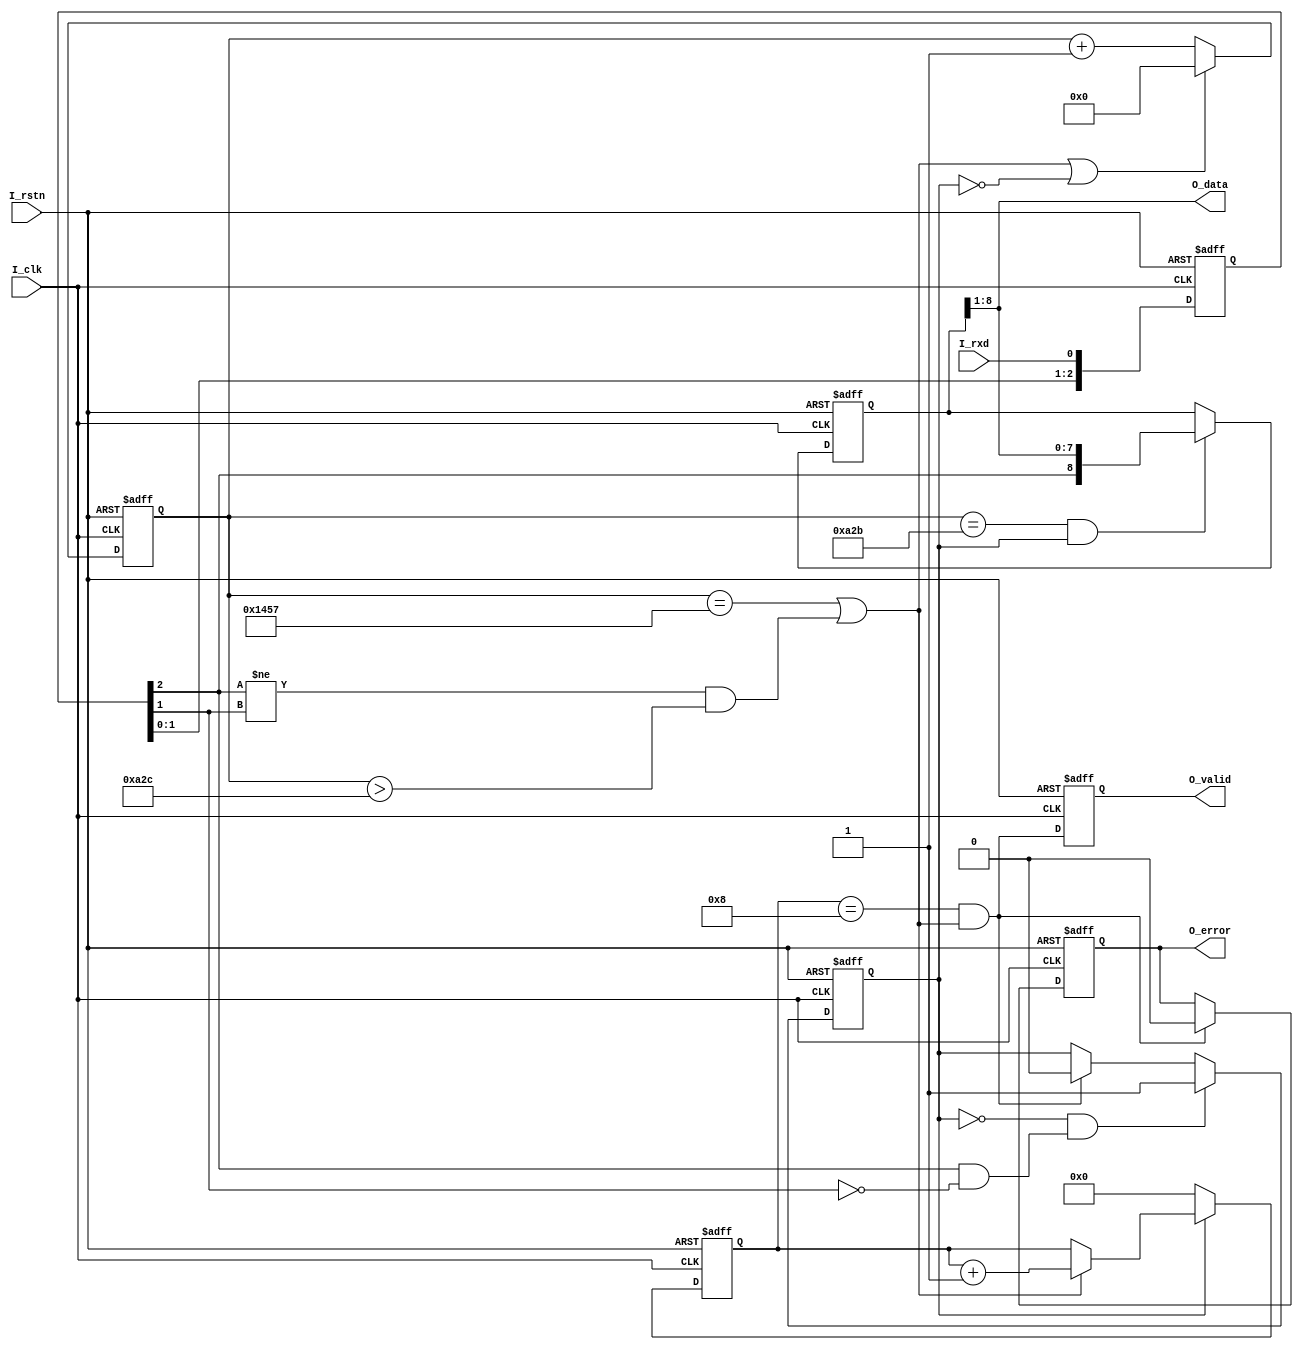
module uart_rx #(
	parameter	FREQUENCY	= 50000000,
	parameter	BAUDRATE	= 9600,
	parameter	DATABITS	= 8,
	parameter	PARITY		= "N",	//"N" "O" "E" "M" "S"
	parameter	STOPBITS	= 1.0
)(
	input					I_clk,
	input					I_rstn,
	
	output	[DATABITS-1:0]	O_data,
	output					O_valid,
	output					O_error,
	
	input					I_rxd
);

	localparam CNTDIV	= FREQUENCY/BAUDRATE;
	localparam CNTWIDTH	= $clog2(CNTDIV);
	localparam BITNUM	= 1+DATABITS+(PARITY != "N");	//bitnums exclude stopbits
	
	reg R_recving;
	
	reg [2:0] R_rxd;
	wire W_fall;
	
	reg [CNTWIDTH-1:0] R_cnt;
	wire W_nextbit;
	wire W_sample;
	
	reg [3:0] R_cnt_bit;
	wire W_recv_end;
	
	reg R_odd_parity;
	wire W_error;
	reg [DATABITS:0] R_rxdata;
	reg R_valid;
	reg R_error;
	
	always@(posedge I_clk or negedge I_rstn)
	if(!I_rstn) R_recving <= 1'b0;
	else if((R_recving == 1'b0) && W_fall) R_recving <= 1'b1;
	else if(W_recv_end) R_recving <= 1'b0;
	else R_recving <= R_recving;
	
	always@(posedge I_clk or negedge I_rstn)
	if(!I_rstn) R_rxd <= 3'b111;
	else R_rxd <= {R_rxd[1:0],I_rxd};
	
	assign W_fall = (R_rxd[2] && (!R_rxd[1]));
	
	always@(posedge I_clk or negedge I_rstn)
	if(!I_rstn) R_cnt <= {CNTWIDTH{1'b0}};
	else if(W_nextbit || (!R_recving)) R_cnt <= {CNTWIDTH{1'b0}};
	else R_cnt <= R_cnt + 1'b1;
	
	assign W_nextbit = (R_cnt == (CNTDIV - 1'b1)) || ((R_rxd[2] != R_rxd[1]) && (R_cnt > (CNTDIV/2)));
	
	assign W_sample = (R_cnt == ((CNTDIV - 1'b1)/2));
	
	
	always@(posedge I_clk or negedge I_rstn)
	if(!I_rstn) R_cnt_bit <= 4'b0;
	else if(!R_recving) R_cnt_bit <= 4'b0;
	else if(W_nextbit) R_cnt_bit <= R_cnt_bit + 1'b1;
	else R_cnt_bit <= R_cnt_bit;
	
	assign W_recv_end = (R_cnt_bit == (BITNUM-1)) && W_nextbit;
	
	
	
	always@(posedge I_clk or negedge I_rstn)
	if(!I_rstn) R_odd_parity <= 1'b0;
	else if(!R_recving) R_odd_parity <= 1'b0;
	else if(W_sample) R_odd_parity <= R_odd_parity ^ R_rxd[2];
	else R_odd_parity <= R_odd_parity;
	
	generate
		case(PARITY)
			"N":assign W_error = 1'b0;
			"O":assign W_error = (R_odd_parity == 1'b0);
			"E":assign W_error = (R_odd_parity == 1'b1);
			"M":assign W_error = (R_rxdata[DATABITS] == 1'b0);
			"S":assign W_error = (R_rxdata[DATABITS] == 1'b1);
		endcase
	endgenerate
	
	always@(posedge I_clk or negedge I_rstn)
	if(!I_rstn) R_rxdata <= {(DATABITS+1){1'b1}};
	else if(W_sample && R_recving) R_rxdata <= {R_rxd[2],R_rxdata[DATABITS:1]};
	else R_rxdata <= R_rxdata;
	
	always@(posedge I_clk or negedge I_rstn)
	if(!I_rstn) R_valid <= 1'b0;
	else R_valid <= W_recv_end && (!W_error);
	
	always@(posedge I_clk or negedge I_rstn)
	if(!I_rstn) R_error <= 1'b0;
	else if(W_recv_end) R_error <= W_error;
	else R_error <= R_error;


	assign O_data = (PARITY == "N") ? R_rxdata[DATABITS:1] : R_rxdata[DATABITS-1:0];
	assign O_valid = R_valid;
	assign O_error = R_error;


endmodule